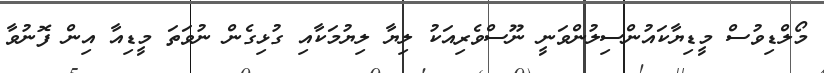
މޯލްޑިވުސް މީޑިޔާކައުންސިލުންވަނީ ނޫސްވެރިއަކު ލިޔާ ލިޔުމަކާއި ގުޅިގެން ނުވަތަ މީޑިއާ އިން ފޮނުވާ